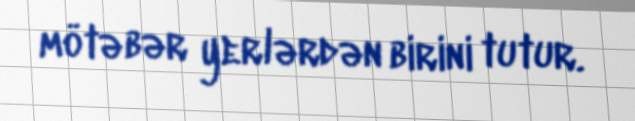
mötəbər yerlərdən birini tutur.